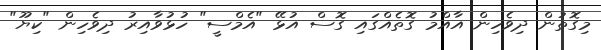
މިގޮތުން ދިވެހިން އާއްމު ގޮތެއްގައި ގޮސް އުޅޭ "އެމްސީ" ހުޅުވާއިރު ދިވެހިން "ކިޔޫ"